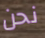
نحن